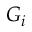
G _ { i }